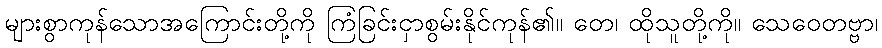
များစွာကုန်သောအကြောင်းတို့ကို ကြံခြင်းငှာစွမ်းနိုင်ကုန်၏။ တေ၊ ထိုသူတို့ကို။ သေဝေတဗ္ဗာ၊